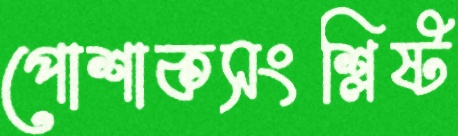
পোশাকসংশ্লিষ্ট